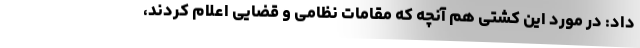
داد: در مورد این کشتی هم آنچه که مقامات نظامی و قضایی اعلام کردند،